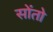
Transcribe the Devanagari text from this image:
सोंतो